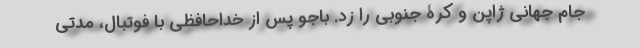
جام جهانی ژاپن و کرۀ جنوبی را زد. باجو پس از خداحافظی با فوتبال، مدتی